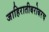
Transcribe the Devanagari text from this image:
जाहिरातीबरोबरच